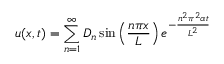
u ( x , t ) = \sum _ { n = 1 } ^ { \infty } D _ { n } \sin \left( { \frac { n \pi x } { L } } \right) e ^ { - { \frac { n ^ { 2 } \pi ^ { 2 } \alpha t } { L ^ { 2 } } } }